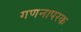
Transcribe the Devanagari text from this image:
गणनापरक